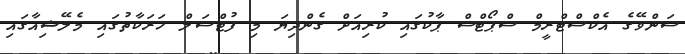
ސަންވޭގެ އެކްސްޓްރީމް ސްޕޯޓްސް ޕާކުގައި ކުރިއަށް ގެންދިޔަ މި ފުޓްސަލް ހަރަކާތުގައި މެލޭޝިއާގައި